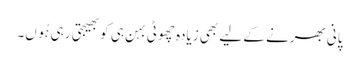
پانی بھرنے کے لیے بھی زیادہ چھوٹی بہن ہی کو بھیجتی رہی ہُوں۔